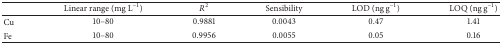
<table><thead><tr><td><b> </b></td><td><b>Linear range (mg L<sup>−1</sup>)</b></td><td><b><i>R</i><sup>2</sup></b></td><td><b>Sensibility</b></td><td><b>LOD (ng g<sup>−1</sup>)</b></td><td><b>LOQ (ng g<sup>−1</sup>)</b></td></tr></thead><tbody><tr><td>Cu</td><td>10–80</td><td>0.9881</td><td>0.0043</td><td>0.47</td><td>1.41</td></tr><tr><td>Fe</td><td>10–80</td><td>0.9956</td><td>0.0055</td><td>0.05</td><td>0.16</td></tr></tbody></table>